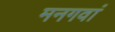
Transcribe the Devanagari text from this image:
मनगवां